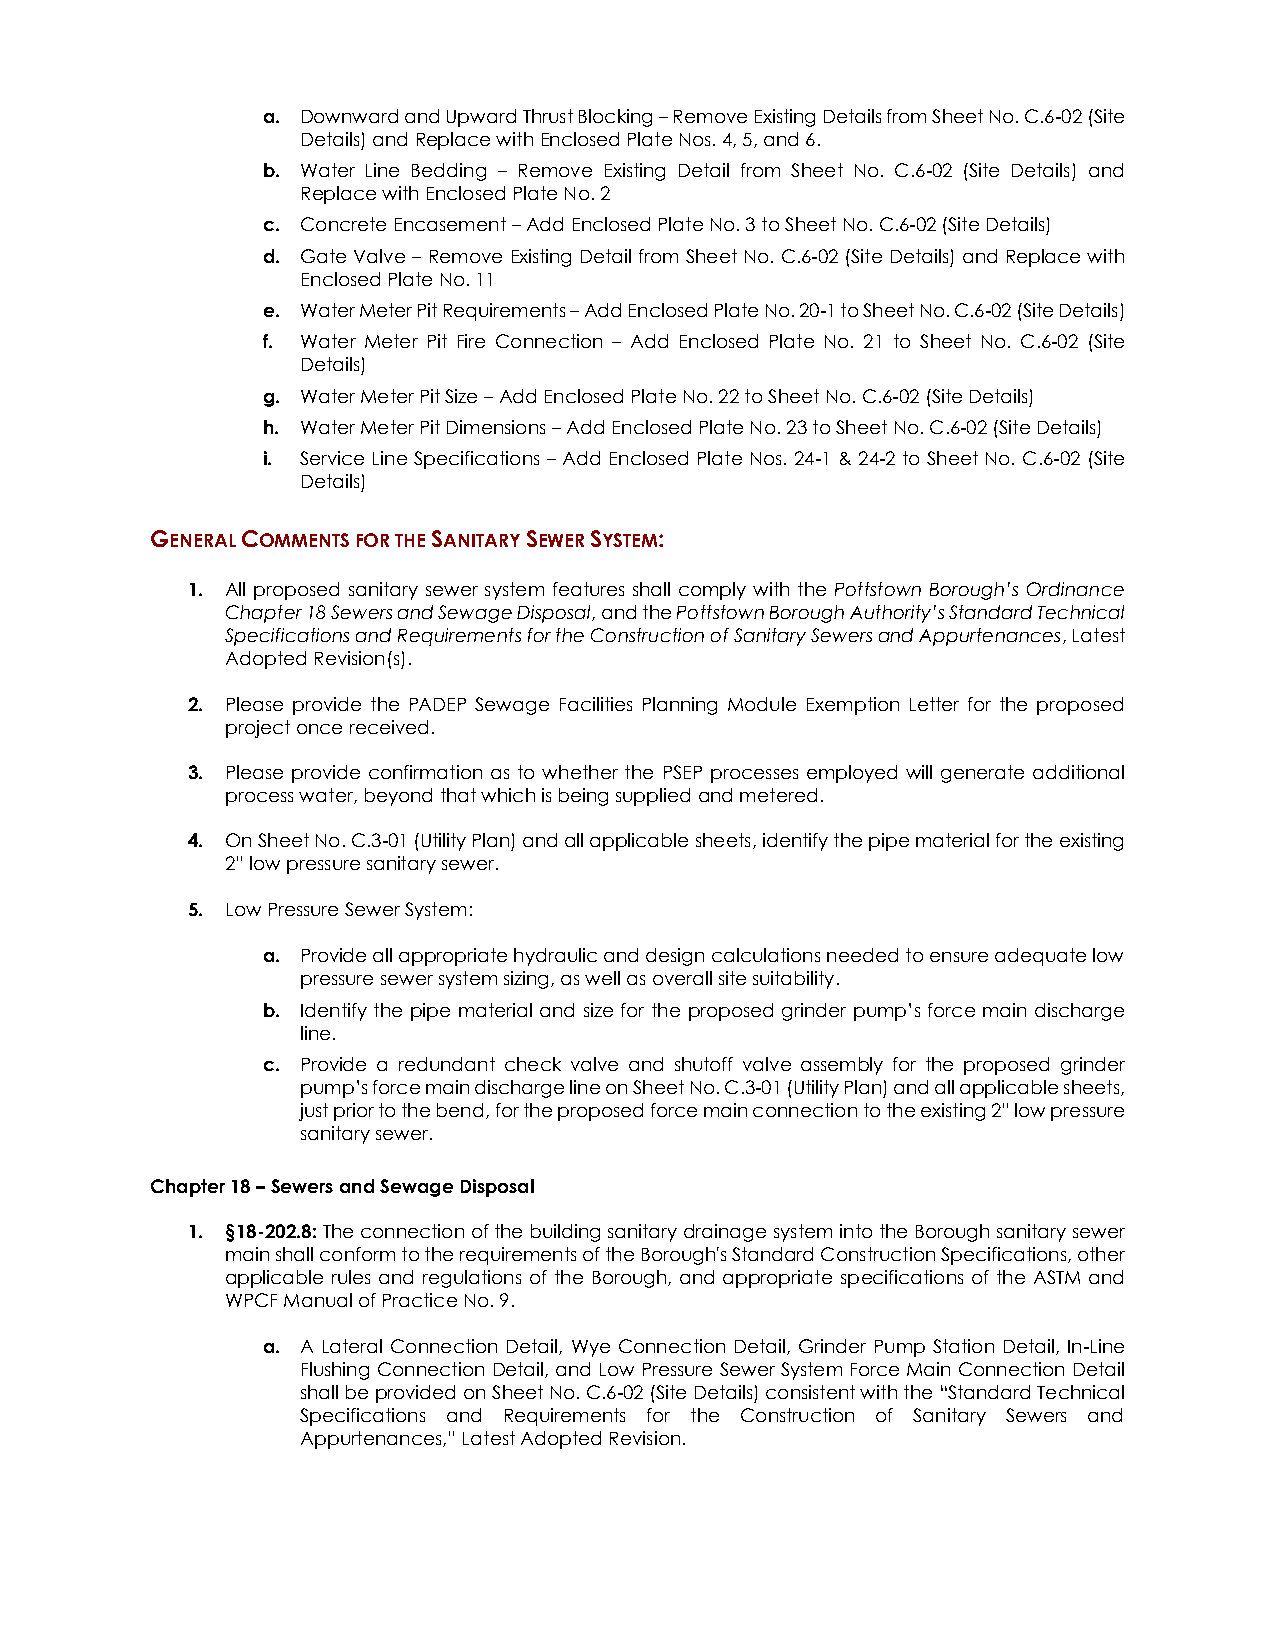
a. Downward and Upward Thrust Blocking – Remove Existing Details from Sheet No. C.6-02 (Site
 Details) and Replace with Enclosed Plate Nos. 4, 5, and 6.
 b. Water Line Bedding – Remove Existing Detail from Sheet No. C.6-02 (Site Details) and
 Replace with Enclosed Plate No. 2
 c. Concrete Encasement – Add Enclosed Plate No. 3 to Sheet No. C.6-02 (Site Details)
 d. Gate Valve – Remove Existing Detail from Sheet No. C.6-02 (Site Details) and Replace with
 Enclosed Plate No. 11
 e. Water Meter Pit Requirements – Add Enclosed Plate No. 20-1 to Sheet No. C.6-02 (Site Details)
 f. Water Meter Pit Fire Connection – Add Enclosed Plate No. 21 to Sheet No. C.6-02 (Site
 Details)
 g. Water Meter Pit Size – Add Enclosed Plate No. 22 to Sheet No. C.6-02 (Site Details)
 h. Water Meter Pit Dimensions – Add Enclosed Plate No. 23 to Sheet No. C.6-02 (Site Details)
 i. Service Line Specifications – Add Enclosed Plate Nos. 24-1 & 24-2 to Sheet No. C.6-02 (Site
 Details)
 GENERAL COMMENTS FOR THE SANITARY SEWER SYSTEM:
 1. All proposed sanitary sewer system features shall comply with the Pottstown Borough’s Ordinance
 Chapter 18 Sewers and Sewage Disposal, and the Pottstown Borough Authority’s Standard Technical
 Specifications and Requirements for the Construction of Sanitary Sewers and Appurtenances, Latest
 Adopted Revision(s).
 2. Please provide the PADEP Sewage Facilities Planning Module Exemption Letter for the proposed
 project once received.
 3. Please provide confirmation as to whether the PSEP processes employed will generate additional
 process water, beyond that which is being supplied and metered.
 4. On Sheet No. C.3-01 (Utility Plan) and all applicable sheets, identify the pipe material for the existing
 2” low pressure sanitary sewer.
 5. Low Pressure Sewer System:
 a. Provide all appropriate hydraulic and design calculations needed to ensure adequate low
 pressure sewer system sizing, as well as overall site suitability.
 b. Identify the pipe material and size for the proposed grinder pump’s force main discharge
 line.
 c. Provide a redundant check valve and shutoff valve assembly for the proposed grinder
 pump’s force main discharge line on Sheet No. C.3-01 (Utility Plan) and all applicable sheets,
 just prior to the bend, for the proposed force main connection to the existing 2” low pressure
 sanitary sewer.
 Chapter 18 – Sewers and Sewage Disposal
 1. §18-202.8: The connection of the building sanitary drainage system into the Borough sanitary sewer
 main shall conform to the requirements of the Borough's Standard Construction Specifications, other
 applicable rules and regulations of the Borough, and appropriate specifications of the ASTM and
 WPCF Manual of Practice No. 9.
 a. A Lateral Connection Detail, Wye Connection Detail, Grinder Pump Station Detail, In-Line
 Flushing Connection Detail, and Low Pressure Sewer System Force Main Connection Detail
 shall be provided on Sheet No. C.6-02 (Site Details) consistent with the “Standard Technical
 Specifications and Requirements for the Construction of Sanitary Sewers and
 Appurtenances,” Latest Adopted Revision.